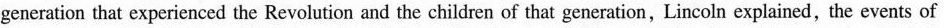
generation that experienced the Revolution and the children of that generation, Lincoln explained, the events of